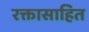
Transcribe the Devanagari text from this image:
रक्तासाहित